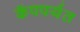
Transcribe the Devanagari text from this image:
कॅपपर्यंत